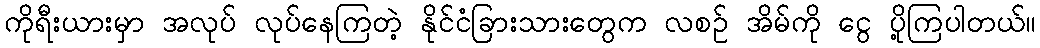
ကိုရီးယားမှာ အလုပ် လုပ်နေကြတဲ့ နိုင်ငံခြားသားတွေက လစဉ် အိမ်ကို ငွေ ပို့ကြပါတယ်။